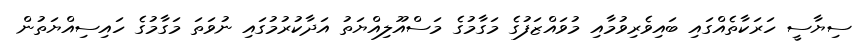
ސިޔާސީ ހަރަކާތެއްގައި ބައިވެރިވުމާއި މުވައްޒަފުގެ މަގާމުގެ މަސްއޫލިއްޔަތު އަދާކުރުމުގައި ނުވަތަ މަގާމުގެ ހައިސިއްޔަތުން